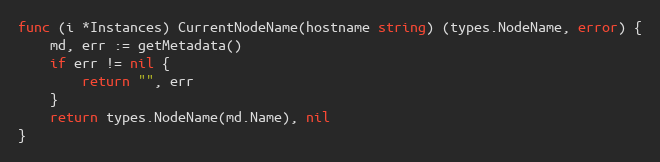
Language: Go
func (i *Instances) CurrentNodeName(hostname string) (types.NodeName, error) {
	md, err := getMetadata()
	if err != nil {
		return "", err
	}
	return types.NodeName(md.Name), nil
}